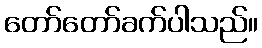
တော်တော်ခက်ပါသည်။